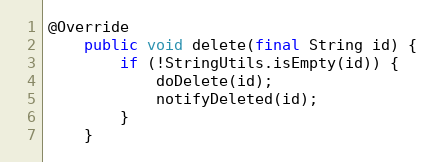
Language: Java
@Override
    public void delete(final String id) {
        if (!StringUtils.isEmpty(id)) {
            doDelete(id);
            notifyDeleted(id);
        }
    }